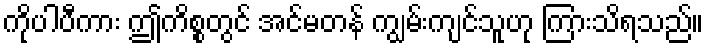
ကိုပါပီကား ဤကိစ္စတွင် အင်မတန် ကျွမ်းကျင်သူဟု ကြားသိရသည်။